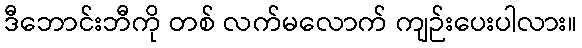
ဒီဘောင်းဘီကို တစ် လက်မလောက် ကျဉ်းပေးပါလား။